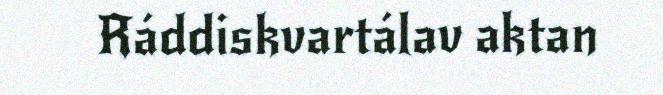
Ráddiskvartálav aktan